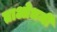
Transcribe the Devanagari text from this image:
ताओधर्मी